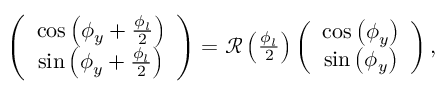
\begin{array} { r } { \left( \begin{array} { c } { \cos \left( \phi _ { y } + \frac { \phi _ { l } } { 2 } \right) } \\ { \sin \left( \phi _ { y } + \frac { \phi _ { l } } { 2 } \right) } \end{array} \right) = { \mathcal R } \left( \frac { \phi _ { l } } { 2 } \right) \left( \begin{array} { c } { \cos \left( \phi _ { y } \right) } \\ { \sin \left( \phi _ { y } \right) } \end{array} \right) , } \end{array}